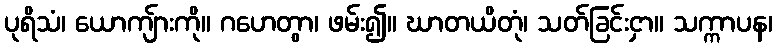
ပုရိသံ၊ ယောကျ်ားကို။ ဂဟေတွာ၊ ဖမ်း၍။ ဃာတယိတုံ၊ သတ်ခြင်းငှာ။ သက္ကာပန၊